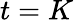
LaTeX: t=K